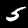
Label: 5